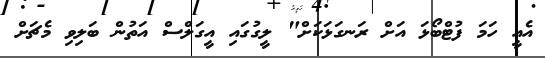
އެއީ ހަމަ ފުޓްބޯޅަ އަށް ރަނގަޅަކަށް" ލީގުގައި އީގަލްސް އަތުން ބަލިވި މެޗަށް